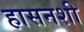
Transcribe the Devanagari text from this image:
हासनशी